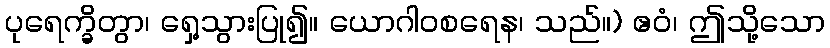
ပုရေက္ခိတွာ၊ ရှေ့သွားပြု၍။ ယောဂါဝစရေန၊ သည်။) ဧဝံ၊ ဤသို့သော